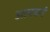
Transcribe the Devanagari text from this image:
आयवर्ग